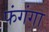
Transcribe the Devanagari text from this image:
फंगंगा